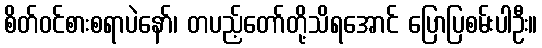
စိတ်ဝင်စားစရာပဲနော်၊ တပည့်တော်တို့သိရအောင် ပြောပြစမ်းပါဦး။